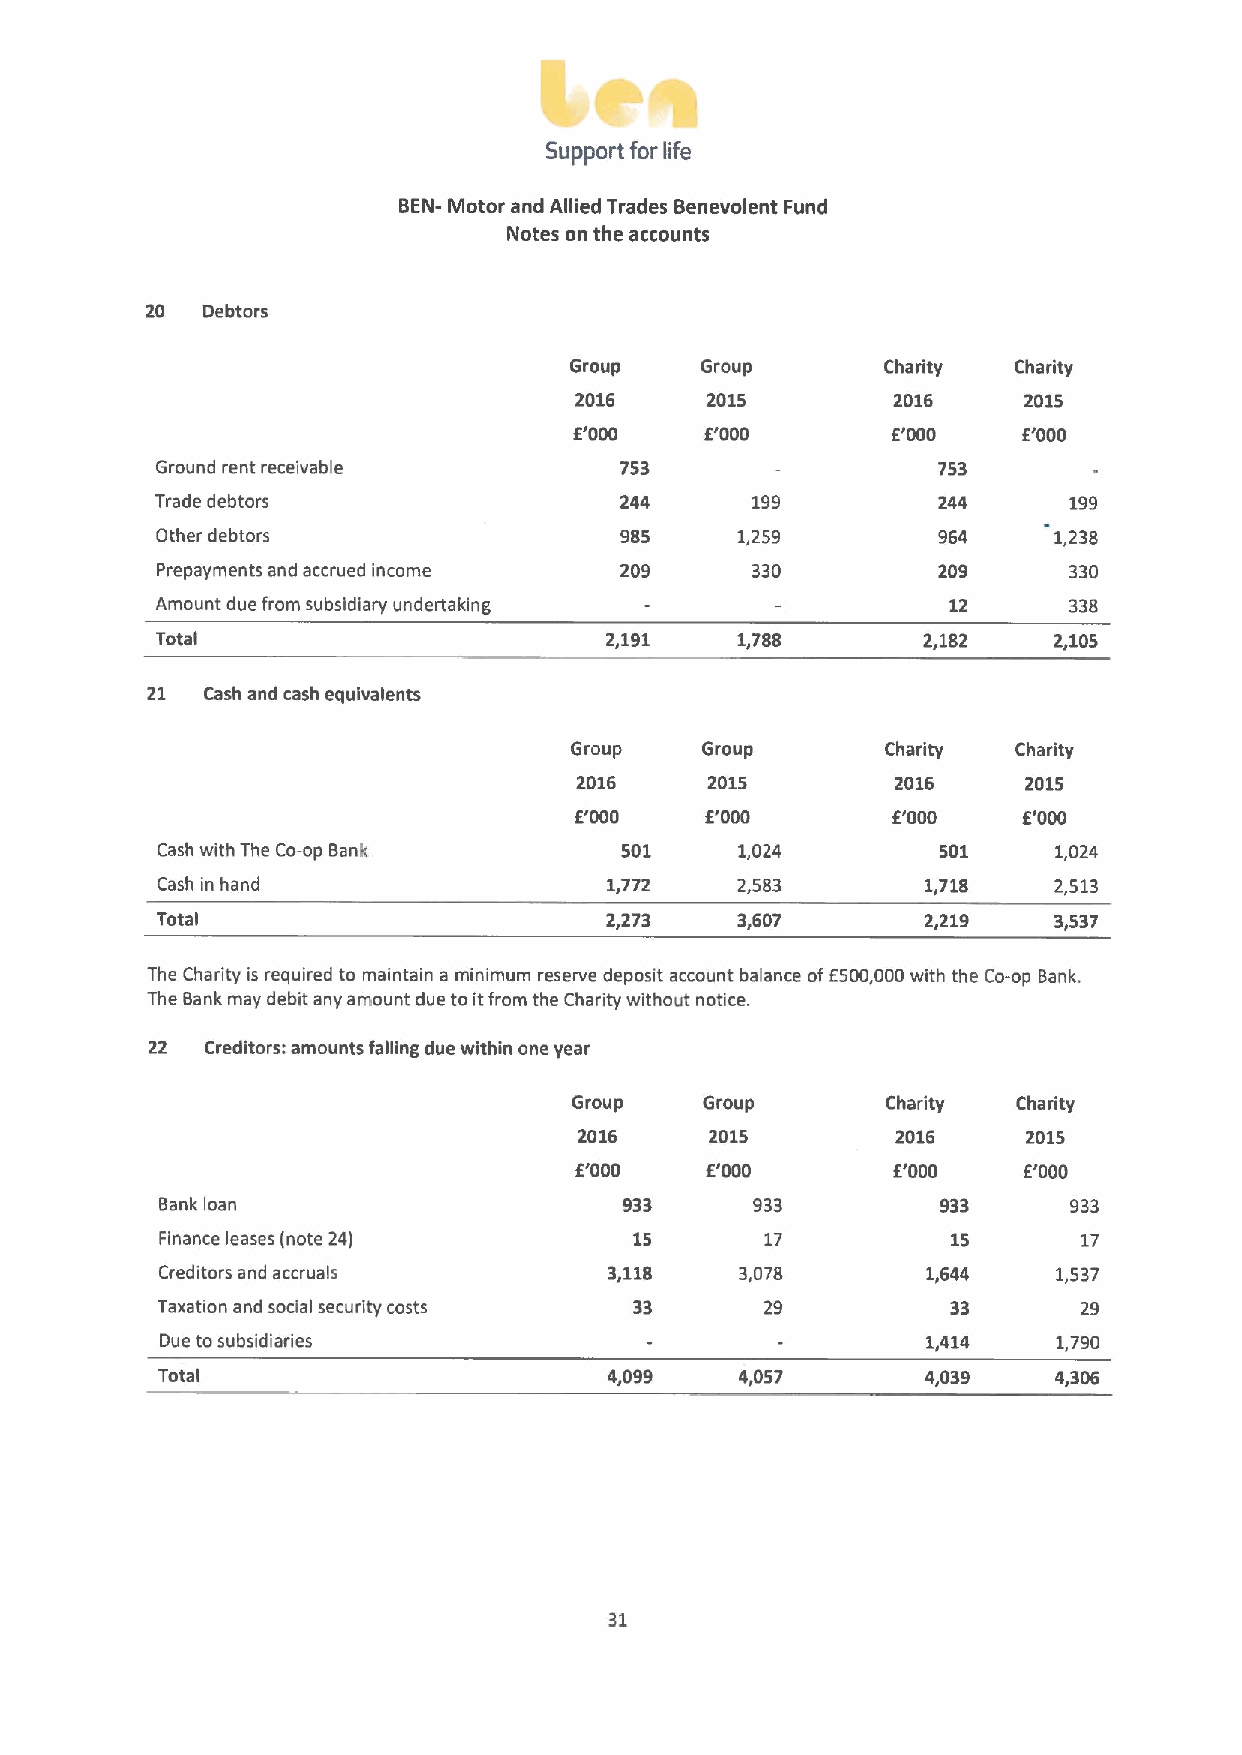
Support for life
 BEN- Motor and Allied Trades Benevolent Fund
 Notes on the accounts
 20 Debtors
 Group   Group        Charity Charity
 2016     2015        2016     2015
 E'000    E'000       E'000    E'000
 Ground rent receivable         753                  753
 Trade debtors                  244      199         244      199
 Other debtors                  985     1,259        964     1,238
 Prepayments and accrued income 209      330         209      330
 Amount due from subsidiary undertaking               12      338
 Total                         2,191    1,788       2,182    2,105
 21  Cash and cash equivalents
 Group   Group        Charity Charity
 2016     2015        2016     2015
 E'000    E'000       E'000    E'000
 Cash with The Co-op Bank       501     1,024        501     1,024
 Cash in hand                  1,772    2,583       1,718    2,513
 Total                         2,273    3,607       2,219    3,537
 The Charity is required to maintain a minimum reserve deposit account balance ofE500,000with the Co-op Bank.
 The Bank may debit any amount due toitfrom the Charity without notice.
 22  Creditors: amounts falling due within one year
 Group    Group       Chadty  Charity
 2016     2015        2016     2015
 E'000    E'000       E'000    E'000
 Bankloan                      933      933                  933
 Finance leases (note 24)       15       17          15       17
 Creditors and accruals       3,118    3,078       1,644    1,537
 Taxation and social security costs 33    29          33       29
 Due tosubsidiaries                                1,414    1,790
 Total                         4,099    4,057       4,039    4,306